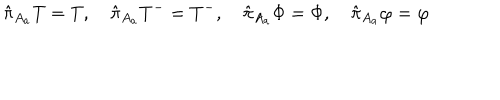
LaTeX: \hat { \pi } _ { A _ { a } } T = T , \quad \hat { \pi } _ { A _ { a } } T ^ { - } = T ^ { - } , \quad \hat { \pi } _ { A _ { a } } \Phi = \Phi , \quad \hat { \pi } _ { A _ { a } } \varphi = \varphi